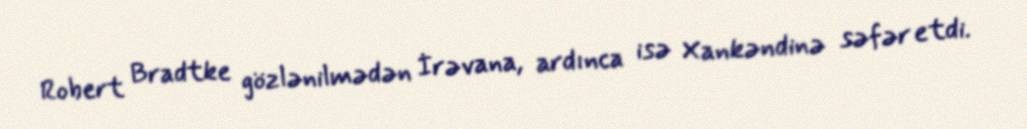
Robert Bradtke gözlənilmədən İrəvana, ardınca isə Xankəndinə səfər etdi.